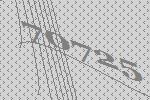
70725